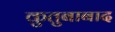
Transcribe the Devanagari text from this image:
कुतुबाबाद